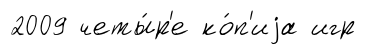
2009 четы́р'е ко́п'иjа игр